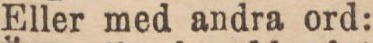
Eller med andra ord: